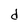
Character: d